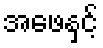
အဖေနှင့်